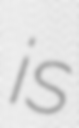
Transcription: is